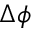
\Delta \phi